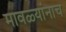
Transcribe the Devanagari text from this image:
मावळ्यांनाच